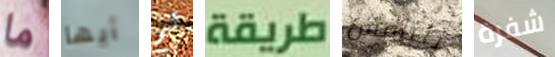
ما أيها لم طريقة لنناقش شفرة